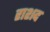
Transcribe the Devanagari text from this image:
राशद